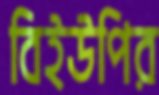
বিইউপির